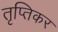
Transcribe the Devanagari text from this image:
तृप्तिकर